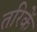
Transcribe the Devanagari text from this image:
तरिकें